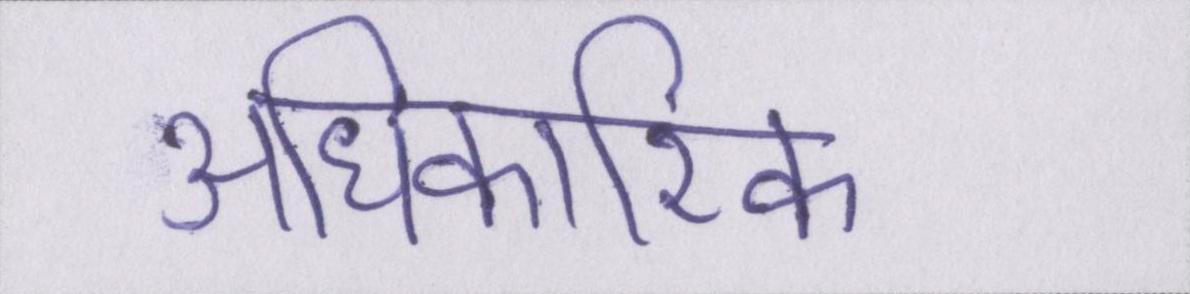
अधिकारिक